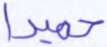
حميدا